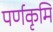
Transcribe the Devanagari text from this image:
पर्णकृमि